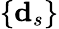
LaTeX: \{ \mathbf{d}_{s}\}